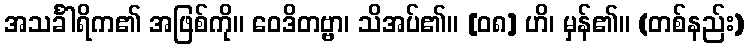
အသင်္ခါရိက၏ အဖြစ်ကို။ ဝေဒိတဗ္ဗာ၊ သိအပ်၏။ [၀၈] ဟိ၊ မှန်၏။ (တစ်နည်း)